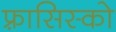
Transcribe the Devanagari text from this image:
फ़्रासिस्को